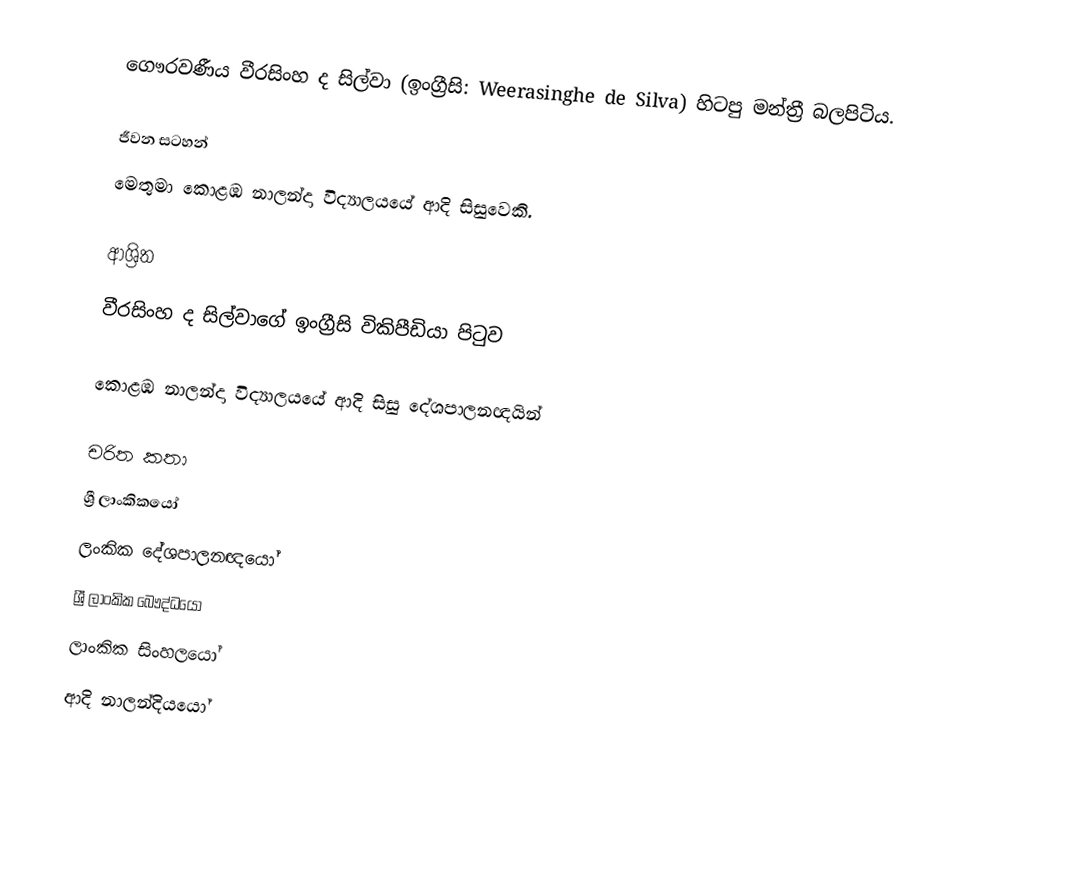
ගෞරවණීය  වීරසිංහ ද සිල්වා (ඉංග්‍රීසි: Weerasinghe de Silva) හිටපු මන්ත්‍රී බලපිටිය.

ජීවන සටහන්
මෙතුමා  කොළඹ නාලන්දා විද්‍යාලයයේ ආදි සිසුවෙකි.

ආශ්‍රිත
වීරසිංහ ද සිල්වාගේ ඉංග්‍රීසි විකිපීඩියා පිටුව

කොළඹ නාලන්දා විද්‍යාලයයේ ආදි සිසු දේශපාලනඥයින්

චරිත කතා
ශ්‍රී ලාංකිකයෝ
ලංකික දේශපාලනඥයෝ
ශ්‍රී ලාංකික බෞද්ධයෝ
ලාංකික සිංහලයෝ
ආදි නාලන්දියයෝ